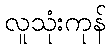
လူသုံးကုန်